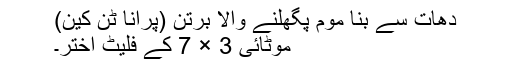
دھات سے بنا موم پگھلنے والا برتن (پرانا ٹن کین)
موٹائی 3 × 7 کے فلیٹ اختر۔